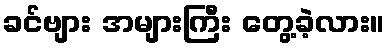
ခင်ဗျား အများကြီး တွေ့ခဲ့လား။